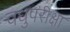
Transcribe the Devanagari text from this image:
वधुपरीक्षा